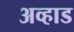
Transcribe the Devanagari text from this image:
अव्हाड